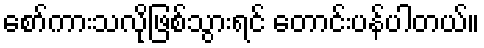
စော်ကားသလိုဖြစ်သွားရင် တောင်းပန်ပါတယ်။